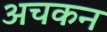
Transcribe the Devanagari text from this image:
अचकन